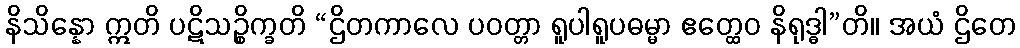
နိသိန္နော ဣတိ ပဋိသဉ္စိက္ခတိ “ဌိတကာလေ ပဝတ္တာ ရူပါရူပဓမ္မာ ဧတ္ထေဝ နိရုဒ္ဓါ”တိ။ အယံ ဌိတေ